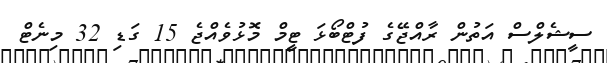
ސީޝެލްސް އަތުން ރާއްޖޭގެ ފުޓްބޯޅަ ޓީމް މޮޅުވެއްޖެ 15 ގަޑި 32 މިނެޓް